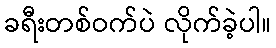
ခရီးတစ်ဝက်ပဲ လိုက်ခဲ့ပါ။